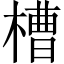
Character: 槽